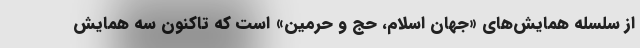
از سلسله همایش‌های «جهان اسلام، حج و حرمین» است که تاکنون سه همایش